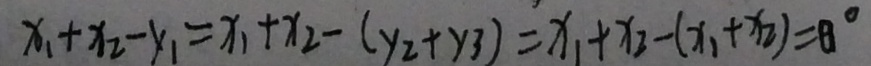
x _ { 1 } + x _ { 2 } - y _ { 1 } = x _ { 1 } + x _ { 2 } - ( y _ { 2 } + y _ { 3 } ) = x _ { 1 } + x _ { 2 } - ( x _ { 1 } + x _ { 2 } ) = 0 ^ { \circ }